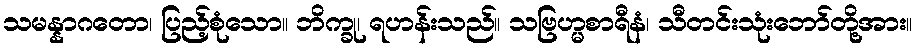
သမန္နာဂတော၊ ပြည့်စုံသော။ ဘိက္ခု၊ ရဟန်းသည်။ သဗြဟ္မစာရီနံ၊ သီတင်းသုံးဘော်တို့အား။